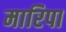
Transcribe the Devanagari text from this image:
मारिपा